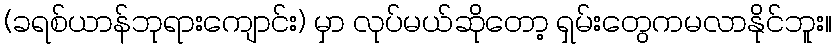
(ခရစ်ယာန်ဘုရားကျောင်း) မှာ လုပ်မယ်ဆိုတော့ ရှမ်းတွေကမလာနိုင်ဘူး။